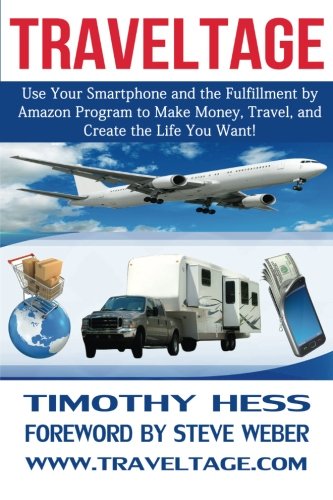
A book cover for Traveltage: Use Your Smartphone and the Fulfillment by Amazon (FBA) Program to Make Money, Travel, and Create the Life You Want!; Timothy Hess; Travel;